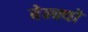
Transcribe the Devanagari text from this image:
बेन्क्यो